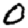
Digit: 0